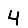
Digit: 4